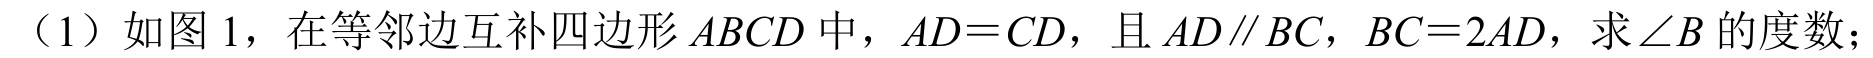
（1）如图 1，在等邻边互补四边形\(ABCD\)中，\(AD = CD\)，且\(AD\parallel BC\)，\(BC = 2AD\)，求\(\angle B\)的度数；